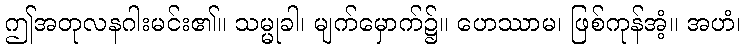
ဤအတုလနဂါးမင်း၏။ သမ္မုခါ၊ မျက်မှောက်၌။ ဟေဿာမ၊ ဖြစ်ကုန်အံ့။ အဟံ၊